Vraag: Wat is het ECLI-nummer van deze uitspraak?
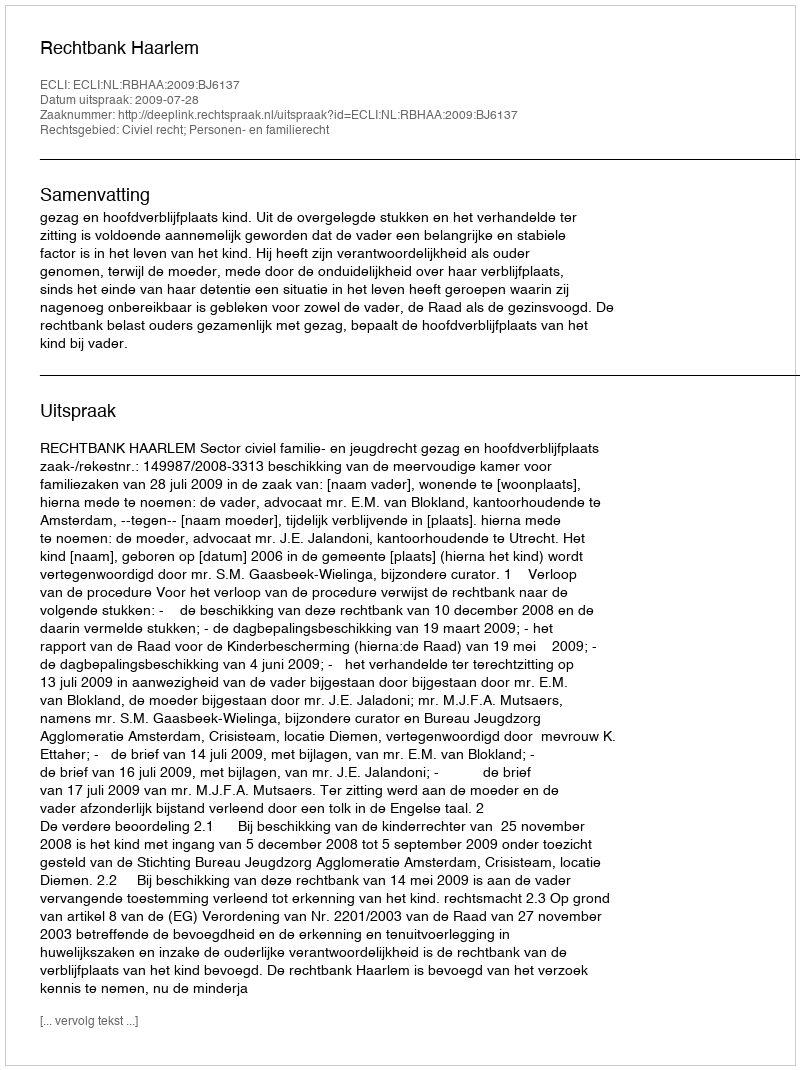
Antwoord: ECLI:NL:RBHAA:2009:BJ6137